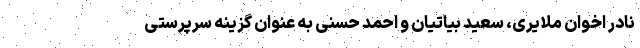
نادر اخوان ملایری، سعید بیاتیان و احمد حسنی به عنوان گزینه سرپرستی